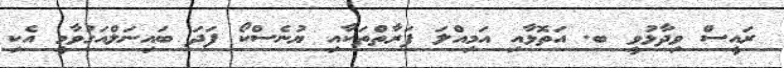
ރައީސް ވިދާޅުވީ ބ. އަތޮޅާއި އަމިއްލަ ފަރާތްތަކާއި ޔުނެސްކޯ ފަދަ ބައިނަލްއަގުވާމީ އެކި